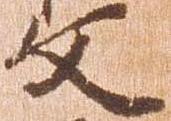
文